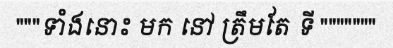
"""ទាំងនោះ មក នៅ ត្រឹមតែ ទី """""""